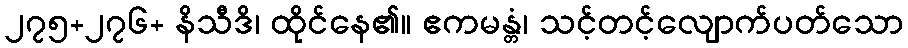
၂၇၅+၂၇၆+ နိသီဒိ၊ ထိုင်နေ၏။ ဧကမန္တံ၊ သင့်တင့်လျောက်ပတ်သော